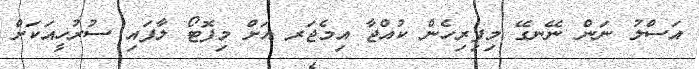
އަސްލު ނަން ނޭނގޭ މިފިރިހެން ކުއްޖާ އިމެޖަރ އަށް މިފޮޓޯ ލާފައި ސުރުހީއަކަށް